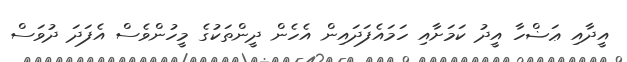
އީދާއި ޢަޟްހާ އީދު ކަމަށާއި ހަމައެފަދައިން އެހެން ދީންތަކުގެ މީހުންވެސް އެފަދަ ދުވަސް